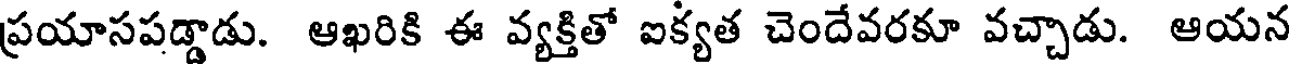
ప్రయాసపడ్డాడు. ఆఖరికి ఈ వ్యక్తితో ఐక్యత చెందేవరకూ వచ్చాడు. ఆయన